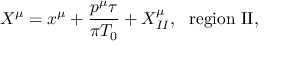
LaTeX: X ^ { \mu } = x ^ { \mu } + \frac { p ^ { \mu } \tau } { \pi { T _ { 0 } } } + X _ { I I } ^ { \mu } , ~ ~ \mathrm { r e g i o n ~ I I } ,